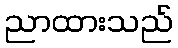
ညာထားသည်